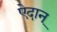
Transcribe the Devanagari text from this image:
ऐदान्